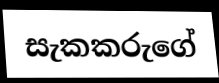
සැකකරුගේ